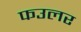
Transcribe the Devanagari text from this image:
फउलर